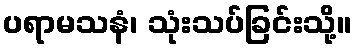
ပရာမသနံ၊ သုံးသပ်ခြင်းသို့။